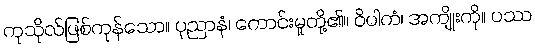
ကုသိုလ်ဖြစ်ကုန်သော။ ပုညာနံ၊ ကောင်းမှုတို့၏။ ဝိပါကံ၊ အကျိုးကို။ ပဿ